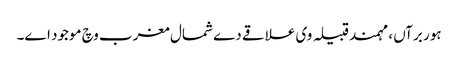
ہور برآں ، مہمند قبیلہ وی علاقے دے شمال مغرب وچ موجود ا‏‏ے۔